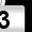
Digit: 3